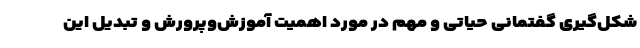
شکل‌گیری گفتمانی حیاتی و مهم در مورد اهمیت آموزش‌وپرورش و تبدیل این